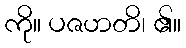
ကို။ ပဇဟတိ၊ ၏။